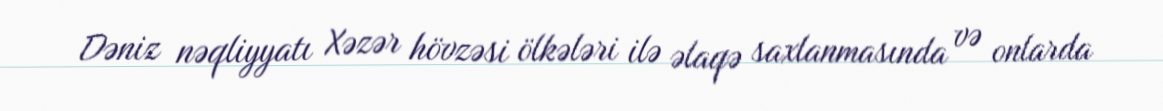
Dəniz nəqliyyatı Xəzər hövzəsi ölkələri ilə əlaqə saxlanmasında və onlarda